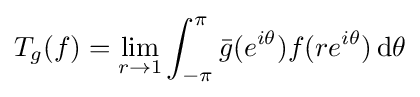
T_{g}(f)=\lim _{r\to 1}\int _{-\pi }^{\pi }{\bar {g}}(e^{i\theta })f(re^{i\theta })\,\mathrm {d} \theta